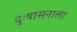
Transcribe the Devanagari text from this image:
दुःषासनाला